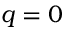
q = 0